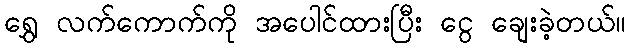
ရွှေ လက်ကောက်ကို အပေါင်ထားပြီး ငွေ ချေးခဲ့တယ်။